Report of the Bombay Veterinary College
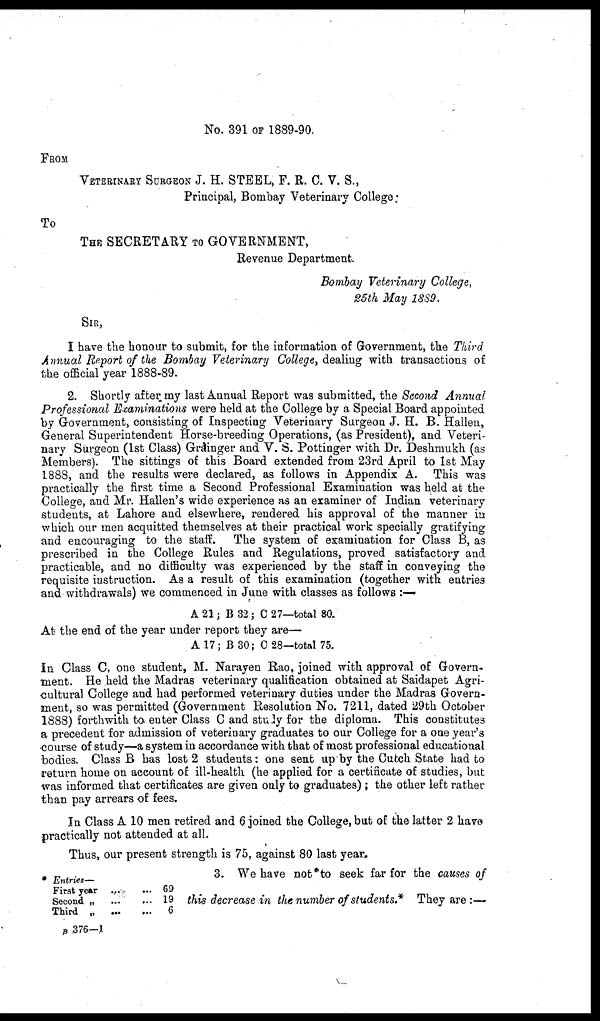
No. 391 OF 1889-90.
FROM
VETERINARY SURGEON J. H. STEEL, F. R. C. V. S.,
Principal, Bombay Veterinary College :
To
THE SECRETARY TO GOVERNMENT,
Revenue Department.
Bombay Veterinary College,
25th May 1889.
SIR,
I have the honour to submit, for the information of Government, the Third
Annual Report of the Bombay Veterinary College, dealing with transactions of
the official year 1888-89.
2. Shortly after my last Annual Report was submitted, the Second Annual
Professional Examinations were held at the College by a Special Board appointed
by Government, consisting of Inspecting Veterinary Surgeon J. H. B. Hallen,
General Superintendent Horse-breeding Operations, (as President), and Veteri-
nary Surgeon (1st Class) Grainger and V. S. Pottinger with Dr. Deshmukh (as
Members). The sittings of this Board extended from 23rd April to 1st May
1888, and the results were declared, as follows in Appendix A. This was
practically the first time a Second Professional Examination was held at the
College, and Mr. Hallen's wide experience as an examiner of Indian veterinary
students, at Lahore and elsewhere, rendered his approval of the manner in
which our men acquitted themselves at their practical work specially gratifying
and encouraging to the staff. The system of examination for Class B, as
prescribed in the College Rules and Regulations, proved satisfactory and
practicable, and no difficulty was experienced by the staff in conveying the
requisite instruction. As a result of this examination (together with entries
and withdrawals) we commenced in June with classes as follows :—
A 21 ; B 32 ; C 27—total 80.
At the end of the year under report they are—
A 17; B 30 ; C 28—total 75.
In Class C, one student, M. Narayen Rao, joined with approval of Govern-
ment. He held the Madras veterinary qualification obtained at Saidapet Agri-
cultural College and had performed veterinary duties under the Madras Govern-
ment, so was permitted (Government Resolution No. 7211, dated 29th October
1888) forthwith to enter Class C and study for the diploma. This constitutes
a precedent for admission of veterinary graduates to our College for a one year's
course of study—a system in accordance with that of most professional educational
bodies. Class B has lost 2 students: one sent up by the Cutch State had to
return home on account of ill-health (he applied for a certificate of studies, but
was informed that certificates are given only to graduates); the other left rather
than pay arrears of fees.
In Class A 10 men retired and 6 joined the College, but of the latter 2 have
practically not attended at all.
Thus, our present strength is 75, against 80 last year.
3. We have not to seek far for the causes of
this decrease in the number of students.* They are : —
* Entries—
First year
Second „
Third „
...
...
...
...
...
...
69
19
6
B 376—1